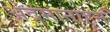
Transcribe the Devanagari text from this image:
अंदमानाहून